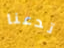
تدعنا